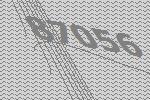
87056